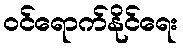
ဝင်ရောက်နိုင်ရေး